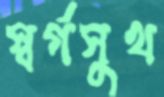
স্বর্গসুখ